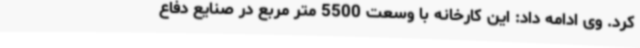
کرد. وی ادامه داد: این کارخانه با وسعت 5500 متر مربع در صنایع دفاع